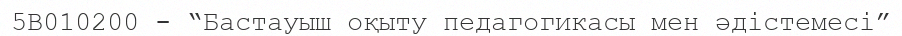
5В010200 - “Бастауыш оқыту педагогикасы мен әдістемесі”